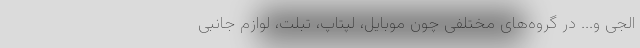
الجی و... در گروه‌های مختلفی چون موبایل، لپتاپ، تبلت، لوازم جانبی